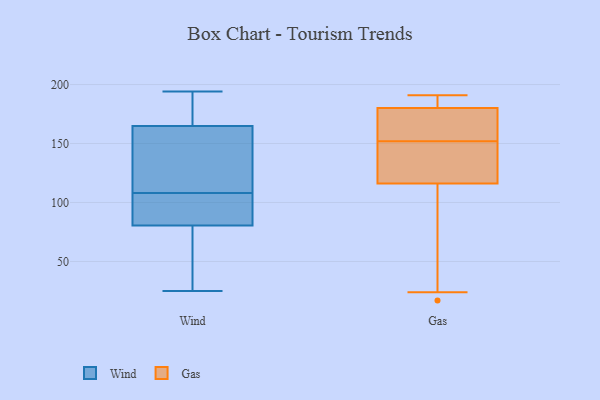
{"axis": {"x": "Population (Million)", "y": "Value"}, "legend": ["Gas", "Wind"], "data": [{"x": "", "y": 101, "type": "Wind"}, {"x": "", "y": 128, "type": "Wind"}, {"x": "", "y": 48, "type": "Wind"}, {"x": "", "y": 194, "type": "Wind"}, {"x": "", "y": 185, "type": "Wind"}, {"x": "", "y": 170, "type": "Wind"}, {"x": "", "y": 108, "type": "Wind"}, {"x": "", "y": 77, "type": "Wind"}, {"x": "", "y": 149, "type": "Wind"}, {"x": "", "y": 91, "type": "Wind"}, {"x": "", "y": 70, "type": "Wind"}, {"x": "", "y": 25, "type": "Wind"}, {"x": "", "y": 180, "type": "Wind"}, {"x": "", "y": 91, "type": "Wind"}, {"x": "", "y": 143, "type": "Wind"}, {"x": "", "y": 17, "type": "Gas"}, {"x": "", "y": 55, "type": "Gas"}, {"x": "", "y": 184, "type": "Gas"}, {"x": "", "y": 151, "type": "Gas"}, {"x": "", "y": 24, "type": "Gas"}, {"x": "", "y": 171, "type": "Gas"}, {"x": "", "y": 153, "type": "Gas"}, {"x": "", "y": 135, "type": "Gas"}, {"x": "", "y": 116, "type": "Gas"}, {"x": "", "y": 191, "type": "Gas"}, {"x": "", "y": 179, "type": "Gas"}, {"x": "", "y": 143, "type": "Gas"}, {"x": "", "y": 180, "type": "Gas"}, {"x": "", "y": 181, "type": "Gas"}]}